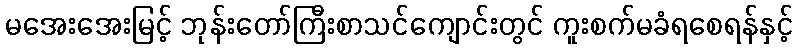
မအေးအေးမြင့် ဘုန်းတော်ကြီးစာသင်ကျောင်းတွင် ကူးစက်မခံရစေရန်နှင့်